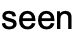
seen